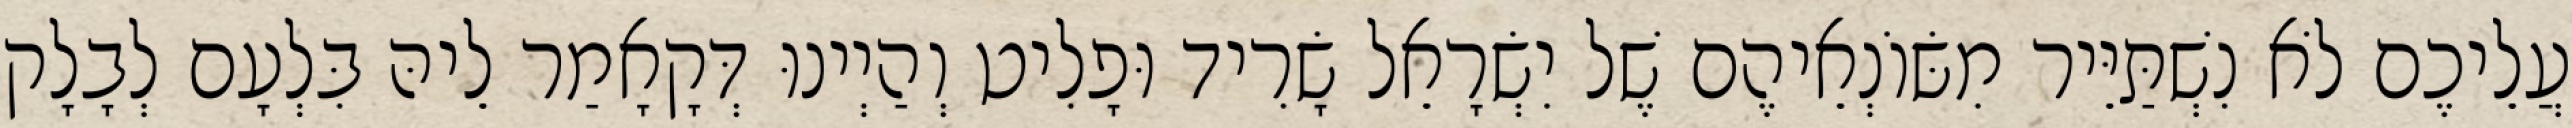
עֲלֵיכֶם לֹא נִשְׁתַּיֵּיר מִשּׂוֹנְאֵיהֶם שֶׁל יִשְׂרָאֵל שָׂרִיד וּפָלִיט וְהַיְינוּ דְּקָאָמַר לֵיהּ בִּלְעָם לְבָלָק